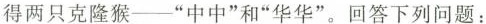
得两只克隆猴___”中中”和”华华”。回答下列问题：